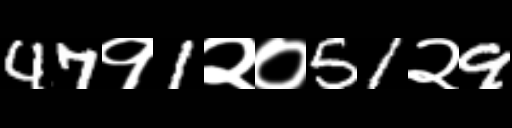
Text: 47१1२०51२9